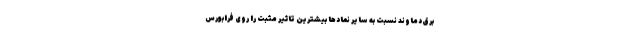
برق دماوند نسبت به سایر نمادها بیشترین تاثیر مثبت را روی فرابورس